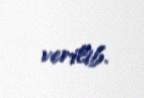
verilib.